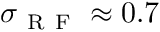
\sigma _ { \mathrm { ~ R ~ F ~ } } \approx 0 . 7